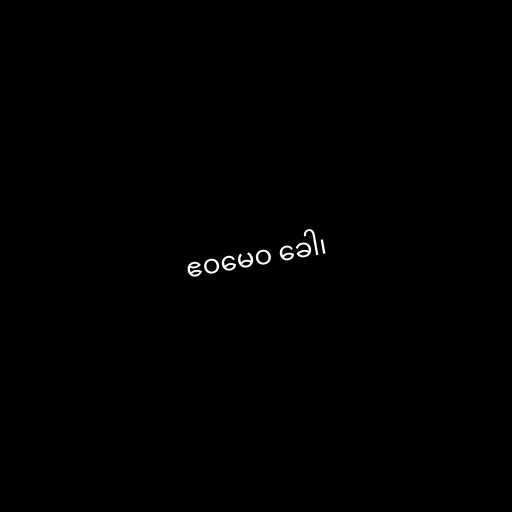
ဧဝမေဝ ခေါ၊